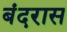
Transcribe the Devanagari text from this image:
बंदरास